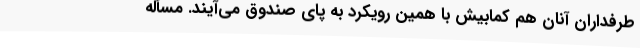
طرفداران آنان هم کمابیش با همین رویکرد به پای صندوق می‌آیند. مسأله